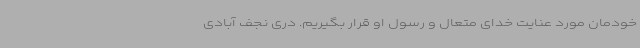
خودمان مورد عنایت خدای متعال و رسول او قرار بگیریم. دری نجف آبادی